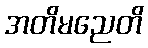
အတိမညေတိ